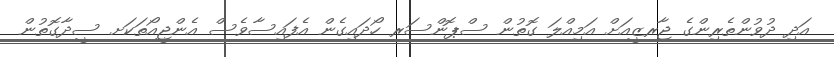
އަދި ދުވުންތެރިންގެ ޖާރޒީއަށް އަމިއްލަ ގޮތުން ސްޕޮންސަރ ހޯދައިގެން އެފައިސާވެސް އެންޖީއޯތަކަށ ސީދާގޮތުން